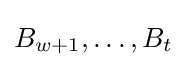
B_{w+1},\ldots ,B_{t}